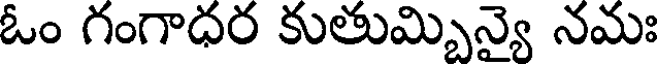
ఓం గంగాధర కుతుమ్బిన్యై నమః